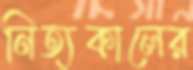
নিত্যকালের